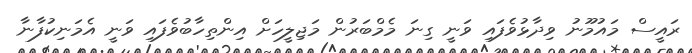
ރައީސް މައުމޫނު ވިދާޅުވެފައި ވަނީ ގިނަ މެމްބަރުން މަޖިލީހަށް އިންތިހާބުވެފައި ވަނީ އެމަނިކުފާނާ